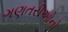
ગણતરીઓનો